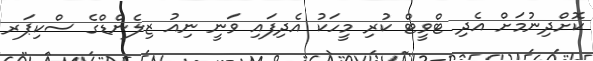
ކޮށްދިނުމަށް އެދި ޓްވީޓް ކުރި މީހަކު އެދިފައި ވަނީ ނިއު ޒިލެންޑްގެ ސްކިޕަރ